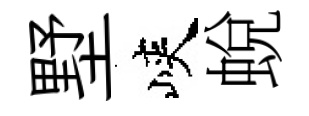
墅峽蛻